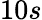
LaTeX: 10s